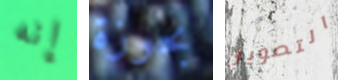
إنه بحوزة التصوير